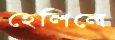
হেলিলে